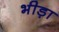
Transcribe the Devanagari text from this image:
भीड़ा